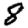
Digit: 8